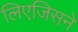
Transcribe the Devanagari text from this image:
लिएजिसने